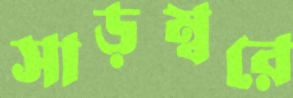
সাড়ম্বরে